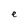
Character: e